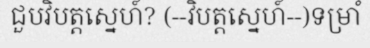
ជួបវិបត្តស្នេហ៍? (--វិបត្តស្នេហ៍--)ទម្រាំ